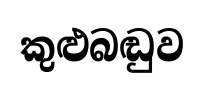
කුළුබඬුව